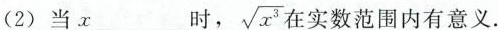
(2)当x___时， \sqrt{x^{3}} 实数范围内有意义.